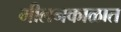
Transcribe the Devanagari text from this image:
मीलनकाळात